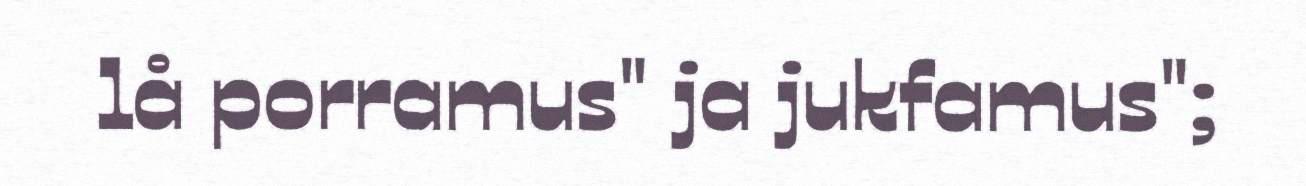
lå porramus" ja jukfamus";